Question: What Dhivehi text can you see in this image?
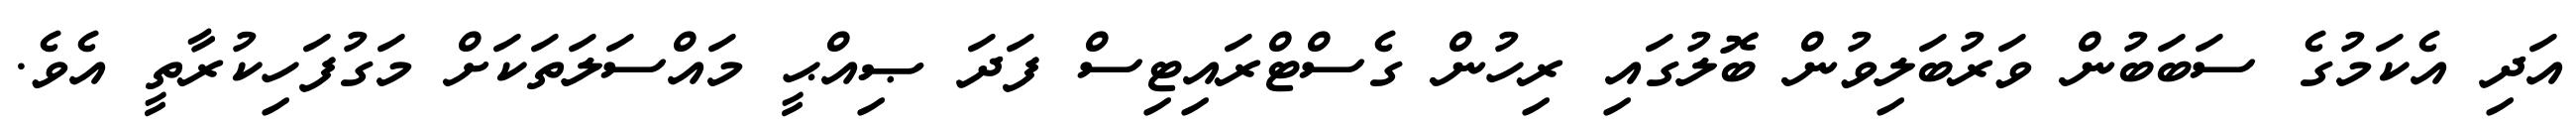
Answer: އަދި އެކަމުގެ ސަބަބުން ވަރުބަލިވުން ބޮލުގައި ރިހުން ގެސްޓްރައިޓިސް ފަދަ ޞިއްޙީ މައްސަލަތަކަށް މަގުފަހިކުރާތީ އެވެ.